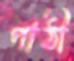
পাঠী